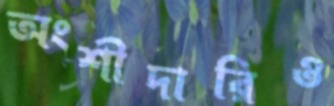
অংশীদারিও